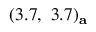
( 3 . 7 , ~ 3 . 7 ) _ { \bf a }